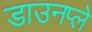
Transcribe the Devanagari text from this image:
डाउनप्ले